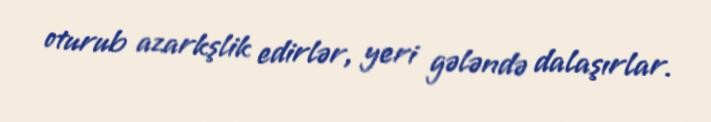
oturub azarkşlik edirlər, yeri gələndə dalaşırlar.